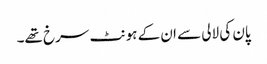
پان کی لالی سے ان کے ہونٹ سرخ تھے۔